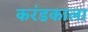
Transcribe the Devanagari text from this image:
करंडकाला